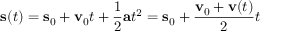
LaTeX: \mathbf { s } ( t ) = \mathbf { s } _ { 0 } + \mathbf { v } _ { 0 } t + { \frac { 1 } { 2 } } \mathbf { a } t ^ { 2 } = \mathbf { s } _ { 0 } + { \frac { \mathbf { v } _ { 0 } + \mathbf { v } ( t ) } { 2 } } t